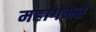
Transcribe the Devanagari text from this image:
महागनर